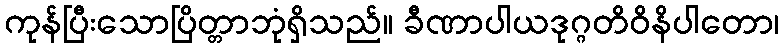
ကုန်ပြီးသောပြိတ္တာဘုံရှိသည်။ ခီဏာပါယဒုဂ္ဂတိဝိနိပါတော၊